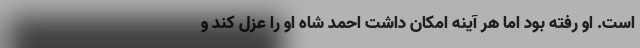
است. او رفته بود اما هر آینه امکان داشت احمد شاه او را عزل کند و